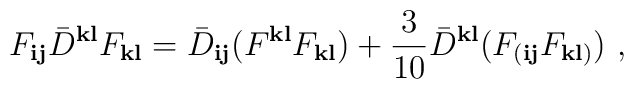
F_{{\mathbf i}{\mathbf j}} {\bar D}^{{\mathbf k}{\mathbf l}}F_{{\mathbf k}{\mathbf l}} = {\bar D}_{{\mathbf i}{\mathbf j}}(F^{{\mathbf k}{\mathbf l}}F_{{\mathbf k}{\mathbf l}} ) + \frac{3}{10} {\bar D}^{{\mathbf k}{\mathbf l}}( F_{({\mathbf i}{\mathbf j}}F_{{\mathbf k}{\mathbf l})})\ ,